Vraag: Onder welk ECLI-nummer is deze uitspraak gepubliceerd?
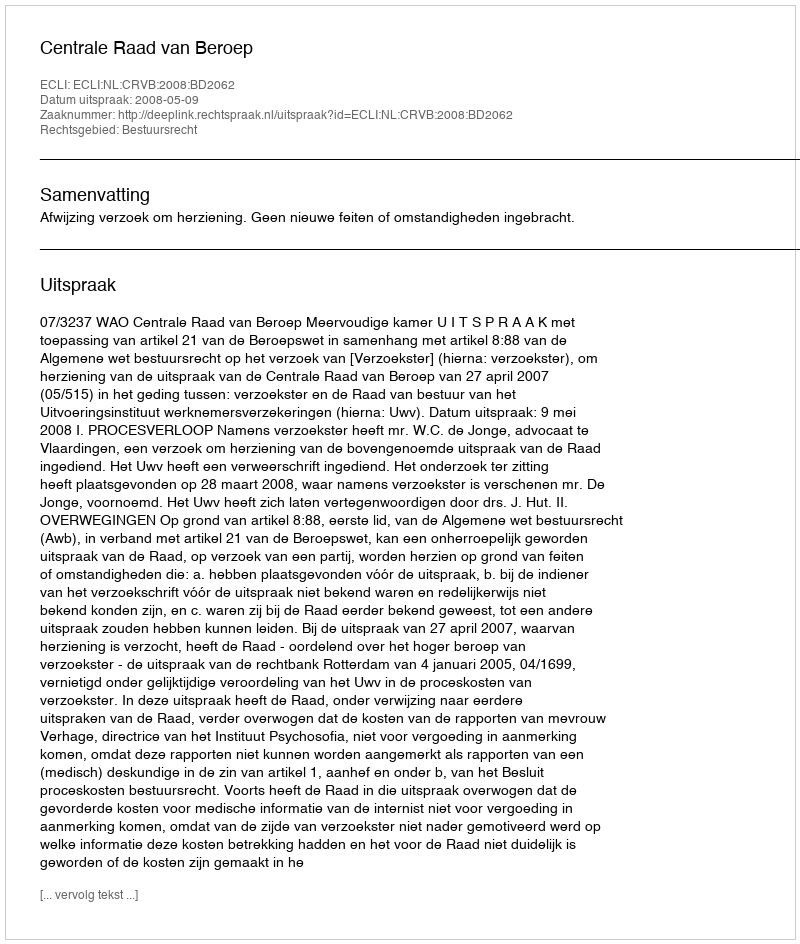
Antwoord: ECLI:NL:CRVB:2008:BD2062